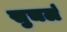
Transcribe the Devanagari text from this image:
सुचलं